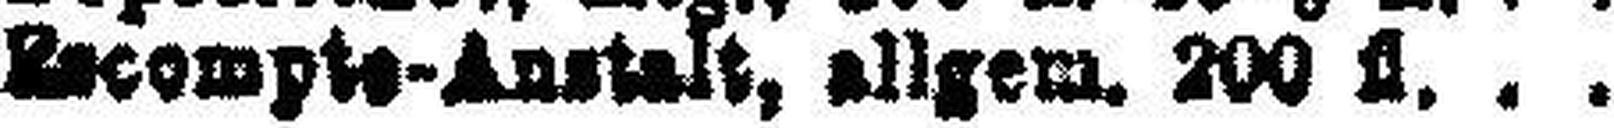
###compte-Anstalt, allgem. 200 fl.